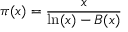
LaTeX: \pi ( x ) = { \frac { x } { \ln ( x ) - B ( x ) } }